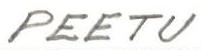
PEETU